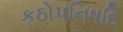
કઠોપનિષદિ